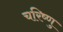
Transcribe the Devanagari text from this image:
चरिष्णु